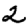
Digit: 2